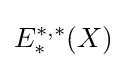
E_{*}^{*,*}(X)